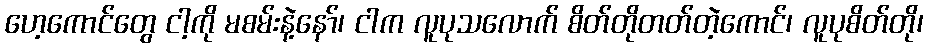
ဟေ့ကောင်တွေ ငါ့ကို မစမ်းနဲ့နော်၊ ငါက လူပုသလောက် စိတ်တိုတတ်တဲ့ကောင်၊ လူပုစိတ်တို၊